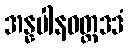
အန္နပါနဝတ္ထဒဒံ